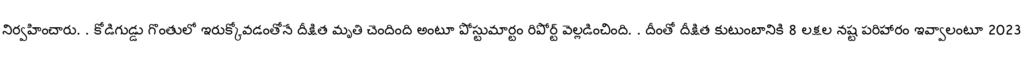
నిర్వహించారు. . కోడిగుడ్డు గొంతులో ఇరుక్కోవడంతోనే దీక్షిత మృతి చెందింది అంటూ పోస్టుమార్టం రిపోర్ట్ వెల్లడించింది. . దీంతో దీక్షిత కుటుంబానికి 8 లక్షల నష్ట పరిహారం ఇవ్వాలంటూ 2023